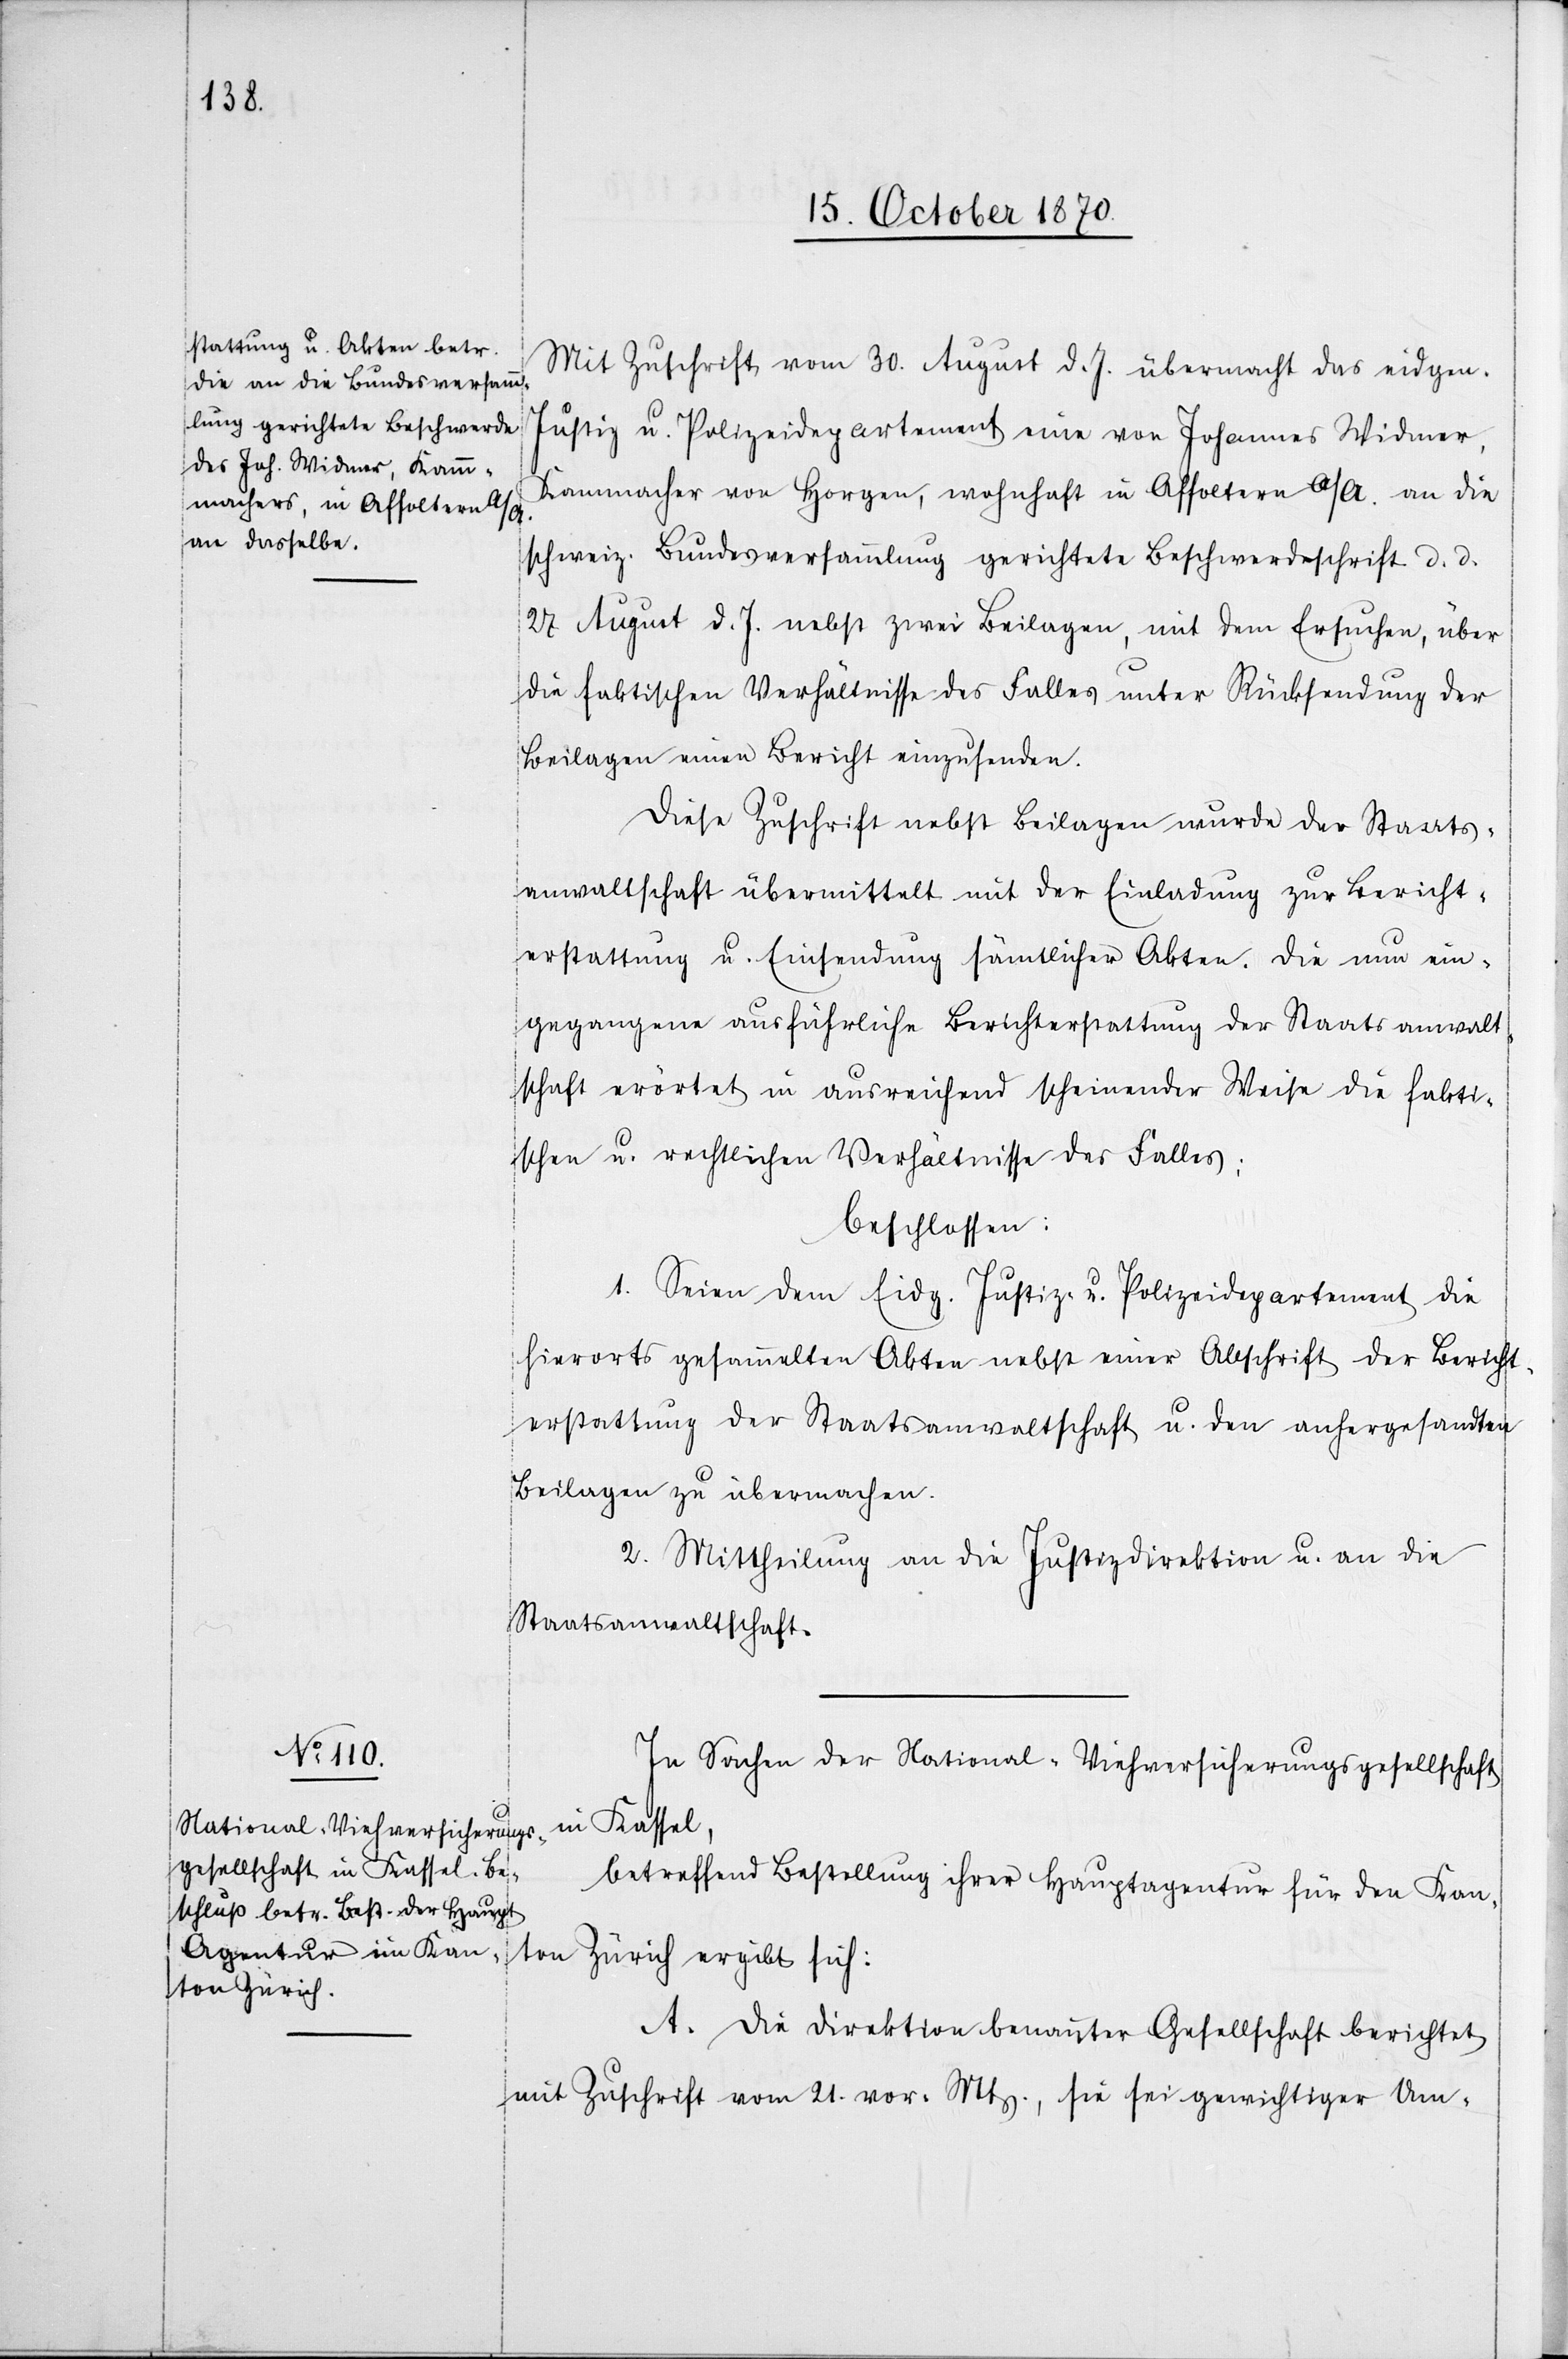
Mit Zuschrift vom 30. August d. Js. übermacht das eidgen.
Justiz u. Polizeidepartement eine von Johannes Widmer,
Kammacher von Horgen, wohnhaft in Affoltern a/A. an die
schweiz. Bundesversammlung gerichtete Beschwerdeschrift d. d.
27. August d. Js. nebst zwei Beilagen, mit dem Ersuchen, über
die faktischen Verhältnisse des Falles unter Rücksendung der
Beilagen einen Bericht einzusenden.
Diese Zuschrift nebst Beilagen wurde der Staats¬
anwaltschaft übermittelt mit der Einladung zur Bericht¬
erstattung u. Einsendung sämtlicher Akten. Die nun ein¬
gegangene ausführliche Berichterstattung der Staatsanwalt¬
schaft erörte[r]t in ausreichend scheinender Weise die fakti¬
schen u. rechtlichen Verhältnisse des Falles:
beschlossen:
1. Seien dem Eidg. Justiz- u. Polizeidepartement die
hierorts gesammelten Akten nebst einer Abschrift der Bericht¬
erstattung der Staatsanwaltschaft u. den anhergesandten
Beilagen zu übermachen.
2. Mittheilung an die Justizdirektion u. an die
Staatsanwaltschaft.
In Sachen der National-Viehversicherungsgesellschaft
betreffend Bestellung ihrer Hauptagentur für den Kan¬
ton Zürich
A. Die Direktion benannter Gesellschaft berichtet
mit Zuschrift vom 21. vor. Mts., sie sei gewichtiger Um-